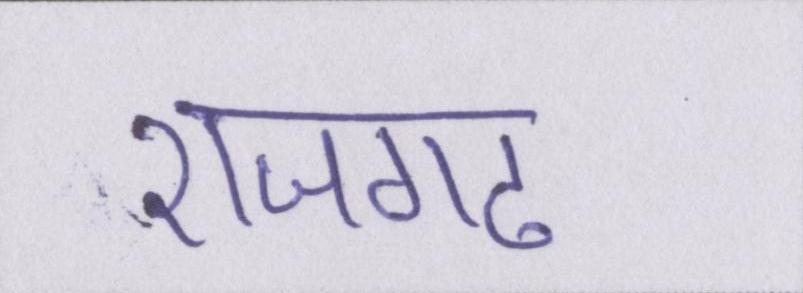
राजगढ